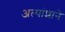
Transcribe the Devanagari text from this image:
अल्पांशाने